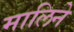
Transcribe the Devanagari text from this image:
मालिने